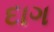
દાગ